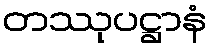
တဿုပဋ္ဌာနံ